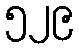
၅၂၉